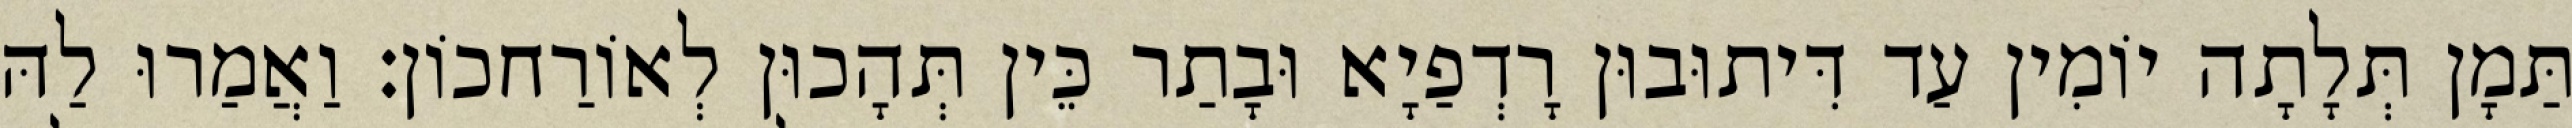
תַּמָן תְּלָתָה יוֹמִין עַד דִּיתוּבוּן רָדְפַיָא וּבָתַר כֵּין תְּהָכוּן לְאוֹרַחכוֹן׃ וַאֲמַרוּ לַהּ